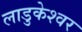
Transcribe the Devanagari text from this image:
लाडुकेश्वर